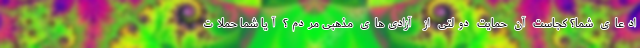
ادعای شما؟ کجاست آن حمایت دولتی از آزادی‌های مذهبی مردم؟ آیا شما حملات